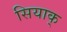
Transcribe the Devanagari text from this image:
सियाक्